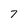
Character: 7